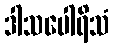
ဒါသပေါရိသံ